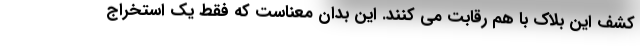
کشف این بلاک با هم رقابت می کنند. این بدان معناست که فقط یک استخراج